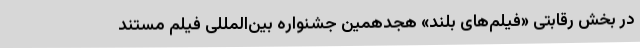
در بخش رقابتی «فیلم‌های بلند» هجدهمین جشنواره بین‌المللی فیلم مستند